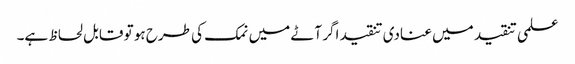
علمی تنقید میں عنادی تنقید اگر آٹے میں نمک کی طرح ہو تو قابل لحاظ ہے۔